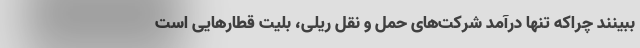
ببینند چراکه تنها درآمد شرکت‌های حمل و نقل ریلی، بلیت قطارهایی است